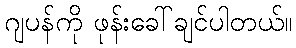
ဂျပန်ကို ဖုန်းခေါ်ချင်ပါတယ်။